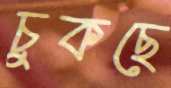
চুকছে